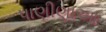
પાણીણાઆ